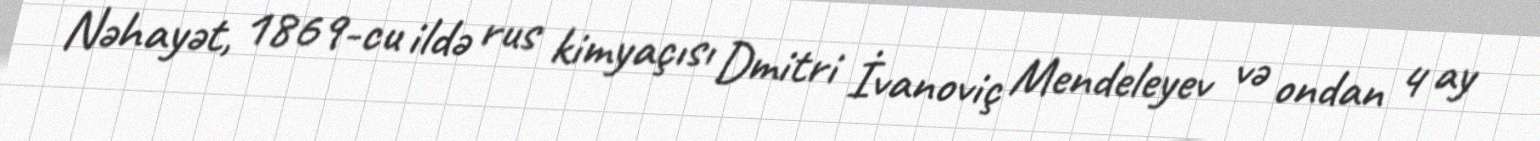
Nəhayət, 1869-cu ildə rus kimyaçısı Dmitri İvanoviç Mendeleyev və ondan 4 ay